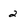
Character: 2